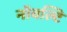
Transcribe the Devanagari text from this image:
नॉवल्टि